Report of the Bombay Plague Committee
Disease focus: Plague
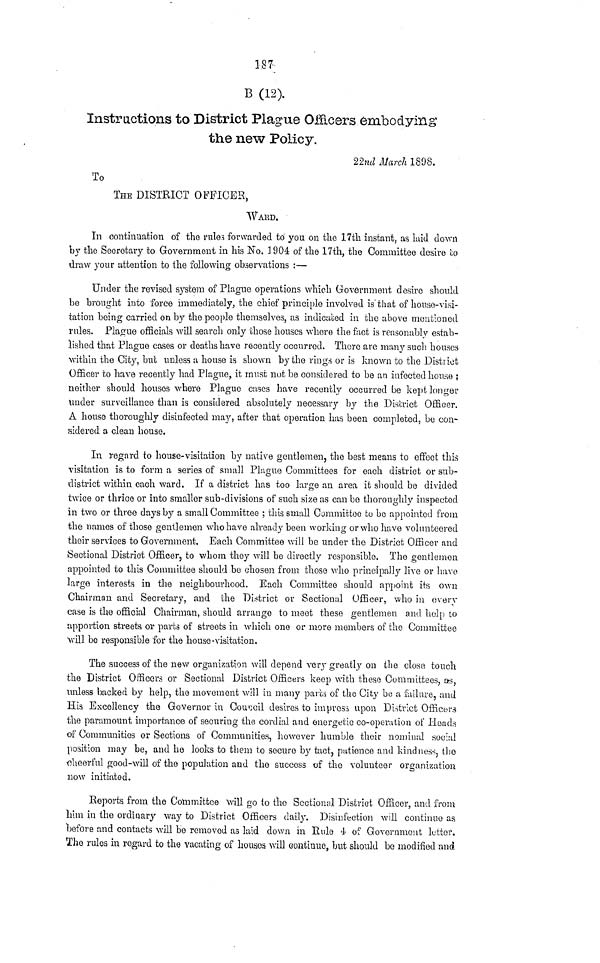
187
B (12).
Instructions to District Plague Officers embodying
the new Policy.
22nd March 1898.
To
THE DISTRICT OFFICER,
WARD.
In continuation of the rules forwarded to you on the 17th instant, as laid down
by the Secretary to Government in his No. 1904 of the 17th, the Committee desire co
draw your attention to the following observations :—
Under the revised system of Plague operations which Government desire should
be brought into force immediately, the chief principle involved is that of house-visi-
tation being carried on by the people themselves, as indicated in the above mentioned
rules. Plague officials will search only those houses where the fact is reasonably estab-
lished that Plague cases or deaths have recently occurred. There are many such houses
within the City, but unless a house is shown by the rings or is known to the District
Officer to have recently had Plague, it must not be considered to be an infected house ;
neither should houses where Plague cases have recently occurred be kept longer
tinder surveillance than is considered absolutely necessary by the District Officer.
A house thoroughly disinfected may, after that operation has been completed, be con-
sidered a clean house.
In regard to house-visitation by· native gentlemen, the best means to effect this
visitation is to form a series of small Plague Committees for each district or sub-
district within each ward. If a district has too large an area it should be divided
twice or thrice or into smaller sub-divisions of such size as can be thoroughly inspected
in two or three days by a small Committee ; this small Committee to be appointed from
the names of those gentlemen who have already been working or who have volunteered
their services to Government. Each Committee will be under the District Officer and
Sectional District Officer, to whom they will be directly responsible. The gentlemen
appointed to this Committee should be chosen from those who principally live or have
large interests in the neighbourhood. Each Committee should appoint its own
Chairman and Secretary, and the District or Sectional Officer, who in every
case is the official Chairman, should arrange to meet these gentlemen and holp to
apportion streets or parts of streets in which one or more members of the Committee
will be responsible for the house-visitation.
The success of the new organization will depend very greatly· on the close touch
the District Officers or Sectional District Officers keep with these Committees, as,
unless backed by help, the movement will in many parts of the City be a failure, and
His Excellency the Governor in Council desires to impress upon District Officers
the paramount importance of securing the cordial and energetic co-operation of Heads
of Communities or Sections of Communities, however humble their nominal social
position may be, and he looks to them to secure by tact, patience and kindness, the
cheerful good-will of the population and the success of the volunteer organization
now initiated.
Reports from the Committee will go to the Sectional District Officer, and from
him in the ordinary way to District Officers daily. Disinfection will continue as
before and contacts will be removed as laid clown in Rule 4, o5 Government letter.
The rules in regard to the vacating of houses will continue, but should be modified and